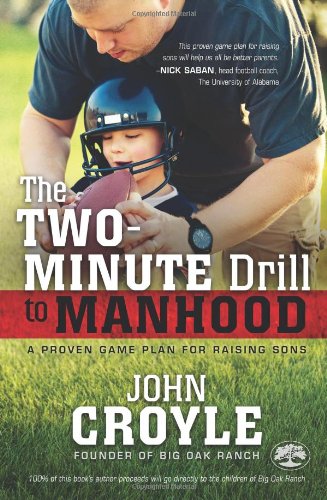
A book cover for The Two-Minute Drill to Manhood: A Proven Game Plan for Raising Sons; John Croyle; Parenting & Relationships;